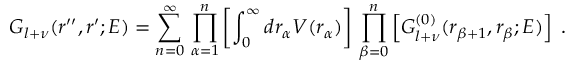
G _ { l + \nu } ( r ^ { \prime \prime } , r ^ { \prime } ; E ) = \sum _ { n = 0 } ^ { \infty } \, \prod _ { \alpha = 1 } ^ { n } \left[ \int _ { 0 } ^ { \infty } d r _ { \alpha } V ( r _ { \alpha } ) \right] \, \prod _ { \beta = 0 } ^ { n } \left[ G _ { l + \nu } ^ { ( 0 ) } ( r _ { \beta + 1 } , r _ { \beta } ; E ) \right] \; .